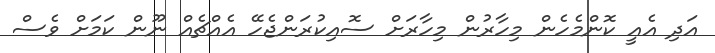
އަދި އެއީ ކޮންމެހެން މިހާރުން މިހާރަށް ސޮއިކުރަންޖެހޭ އެއްޗެއް ނޫން ކަމަށް ވެސް